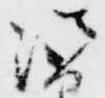
法